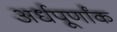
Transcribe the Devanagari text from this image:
अर्धपूर्णांक